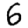
Digit: 6